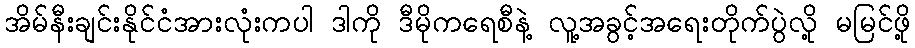
အိမ်နီးချင်းနိုင်ငံအားလုံးကပါ ဒါကို ဒီမိုကရေစီနဲ့ လူ့အခွင့်အရေးတိုက်ပွဲလို့ မမြင်ဖို့